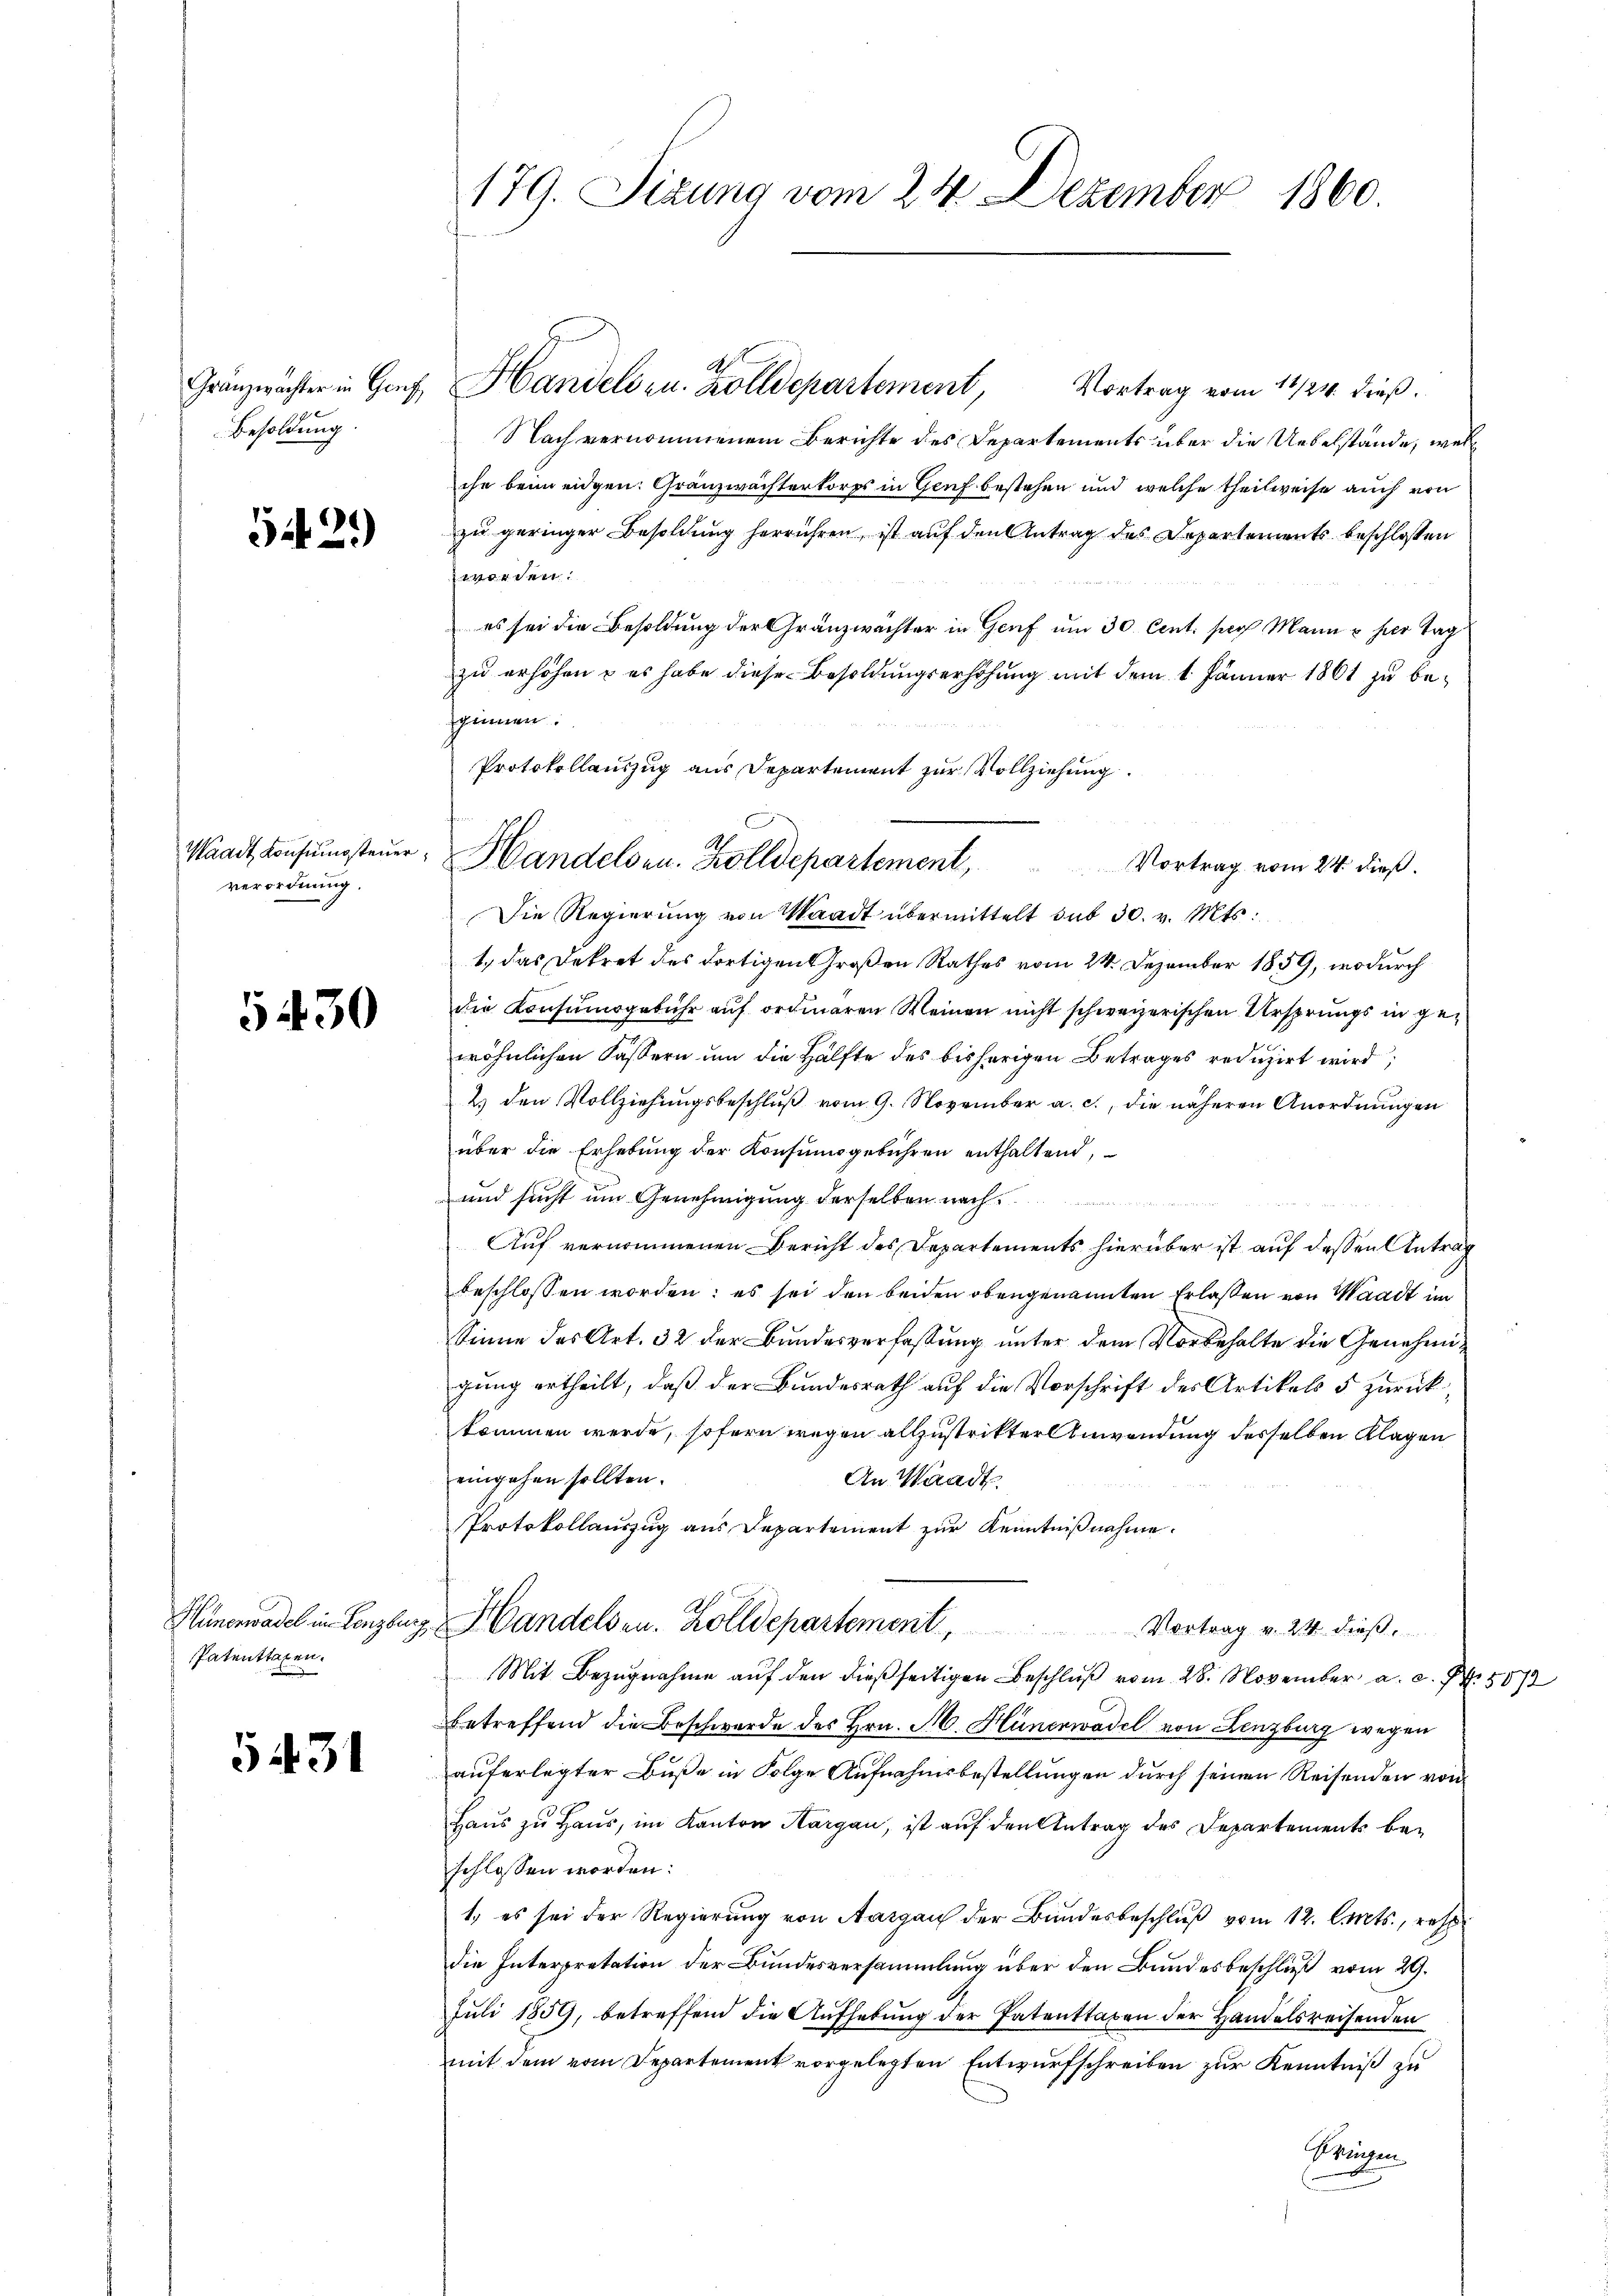
Besoldung.

542)

verordnung.

5430

Patenttaxen.

5431

Vortrag vom 11/24. dieß.
Nach vernommenem Berichte des Departements über die Uebelstände, welc
che beim eidgen: Gränzwächterkorps in Genf bestehen und welche theilweise auch von
zu geringer Besoldung herrühren, ist auf den Antrag des Departements beschloßen
worden.
es sei die Besoldung der Gränzwachter in Genf um 30 Cent such Mann u hier Tag
zu erhöhen; es habe diese Besoldungserhöhung mit dem 1. Jänner 1861 zu beginnen.
Die Regierung von Waadt übermittelt sub 30. v. Mts.
1., das Dekret des dortigen Großen Rathes vom 24. Dezember 1859, wodurch
die Konsumsgebühr auf ordinaren Weinen nicht schweizerischen Ursprungs in gewöhnlichen Kassern um die Hälfte des bisherigen Betrages reduzirt wird,
2.) den Vollziehungsbeschluß vom 9. November a. c., die näheren Anordnungen
über die Erhebung der Konsumsgebühren enthaltend,
und sucht um Genehmigung derselben nach
Auf vernommenen Bericht des Departements hierüber ist auf dessen Antrag
beschlossen worden; es sei den beiden obengenannten Erlassen von Waadt im
Sinne des Art. 32 der Bundesverfassung unter dem Vorbehalte die Genehmigung ertheilt, daß der Bundesrath auf die Vorschrift des Artikel 5 zurückkommen werde, sofern wegen allzustrikter Anwendung desselben Klagen
eingehen sollten.
An Waadt
4
Protokollauszug aus Departement zur Kenntnißnahme.
Hünenadel in Lenzburg, Handels zu. Zolldepartement,
Vortrag v. 24 dieß
Mit Bezugnahme auf den dießseitigen Beschluß vom 28. November a. c. fr. 502
betreffend die Beschwerde des Hrn. M. Hünerwadel von Lenzburg wegen
auferlegter Buße in Folge Aufnahmsbestellungen durch seinen Reisenden von
Haŭs zŭ Haŭs, im Kanton Aargau, ist aŭf den Antrag des Departements be-
schlossen worden:
1. es sei der Regierung von Aargau der Bundesbeschluß vom 12. Orts, resp.
die Interpretation der Bundesversammlung über den Bundesbeschluß vom 29.
Juli 1859, betreffend die Aufhebung der Patenttaxen der Handelsreisenden
mit dem vom Departement vorgelegten Entwurfschreiben zur Kenntniß zu
Preisen

179. Sizung vom 24. Dezember 1860.

Granzwächter in Genf, Handels zu. Zolldepartement,

d

Protokollauszug aus Departement zur Vollziehung.
Waadt, Consungsteuer, Handelsen. Zolldepartement,
Vortrag vom 24. dieß.